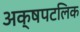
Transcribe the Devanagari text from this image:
अक्षपटलिक